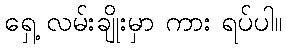
ရှေ့ လမ်းချိုးမှာ ကား ရပ်ပါ။